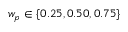
w _ { p } \in \{ 0 . 2 5 , 0 . 5 0 , 0 . 7 5 \}